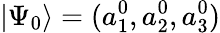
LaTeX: |\Psi_{0}\rangle=(a_{1}^{0},a_{2}^{0},a_{3}^{0})